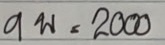
9 พ = 2000